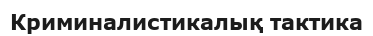
Криминалистикалық тактика